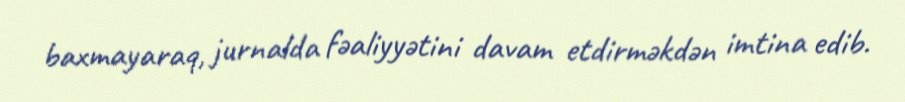
baxmayaraq, jurnalda fəaliyyətini davam etdirməkdən imtina edib.